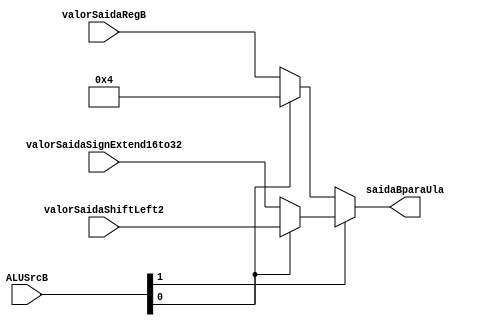
module MuxUlaB (
  input  wire [1:0]  ALUSrcB,
  input  wire [31:0] valorSaidaRegB,
  input  wire [31:0] valorSaidaSignExtend16to32,
  input  wire [31:0] valorSaidaShiftLeft2,

  output reg [31:0] saidaBparaUla
);
  parameter valorParaPcMais4 = 32'b00000000000000000000000000000100; // 4 em decimal

  always @(*) begin
    saidaBparaUla = ((ALUSrcB[1])
      ? ((ALUSrcB[0]) ? valorSaidaShiftLeft2 : valorSaidaSignExtend16to32)
      : ((ALUSrcB[0]) ? valorParaPcMais4 : valorSaidaRegB)
    );
  end
endmodule

// 00 => valorSaidaRegB
// 01 => 4
// 10 => valorSaidaSignExtend16to32
// 11 => valorSaidaShiftLeft2